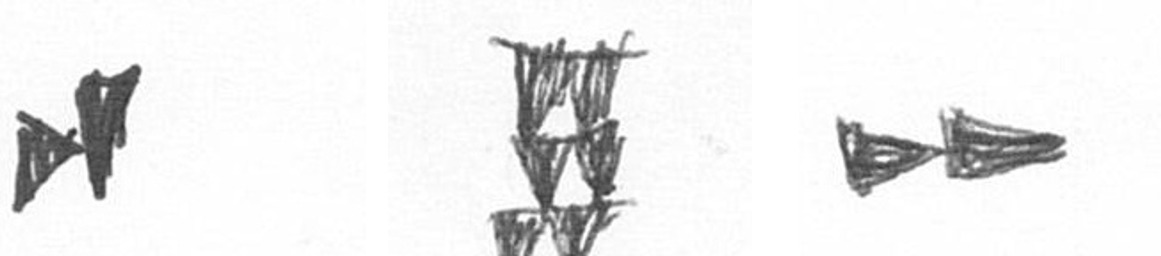
M Y A